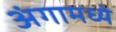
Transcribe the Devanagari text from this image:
अंगामध्ये